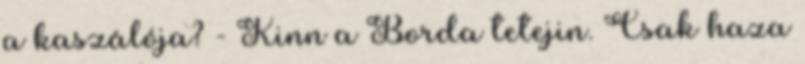
a kaszálója? - Kinn a Borda tetejin. Csak haza